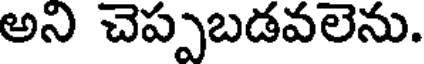
అని చెప్పబడవలెను.